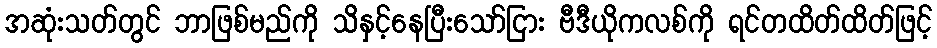
အဆုံးသတ်တွင် ဘာဖြစ်မည်ကို သိနှင့်နေပြီးသော်ငြား ဗီဒီယိုကလစ်ကို ရင်တထိတ်ထိတ်ဖြင့်